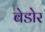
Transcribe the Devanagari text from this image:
बेडोर